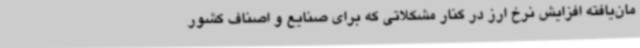
مان‌یافته افزایش نرخ ارز در کنار مشکلاتی که برای صنایع و اصناف کشور